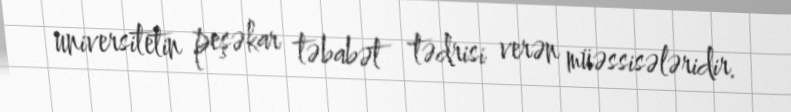
universitetin peşəkar təbabət tədrisi verən müəssisələridir.